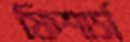
ফিশার্স